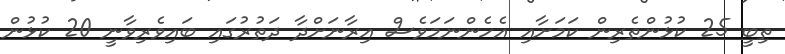
ތިބީ 25 ކުޅުންތެރިން ކަމަށާއި އެހެންނަމަވެސް އިރާނަށްދާ ދަތުރުގައި ބައިވެރިވާނީ 20 ކުޅުން